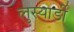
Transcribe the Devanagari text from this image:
लुस्यार्डी